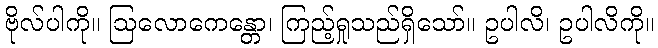
ဗိုလ်ပါကို။ ဩလောကေန္တော၊ ကြည့်ရှုသည်ရှိသော်။ ဥပါလိ၊ ဥပါလိကို။